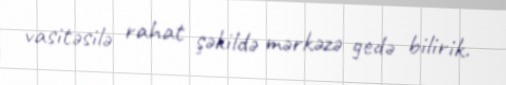
vasitəsilə rahat şəkildə mərkəzə gedə bilirik.